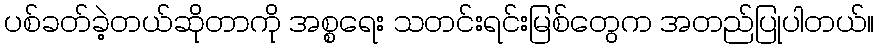
ပစ်ခတ်ခဲ့တယ်ဆိုတာကို အစ္စရေး သတင်းရင်းမြစ်တွေက အတည်ပြုပါတယ်။